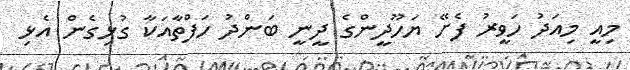
މިއީ މިއަދު ހަވީރު ފެށޭ ޔަހޫދީންގެ ދީނީ ބަންދު ހަފްތާއަކާ ގުޅިގެން އެޅި